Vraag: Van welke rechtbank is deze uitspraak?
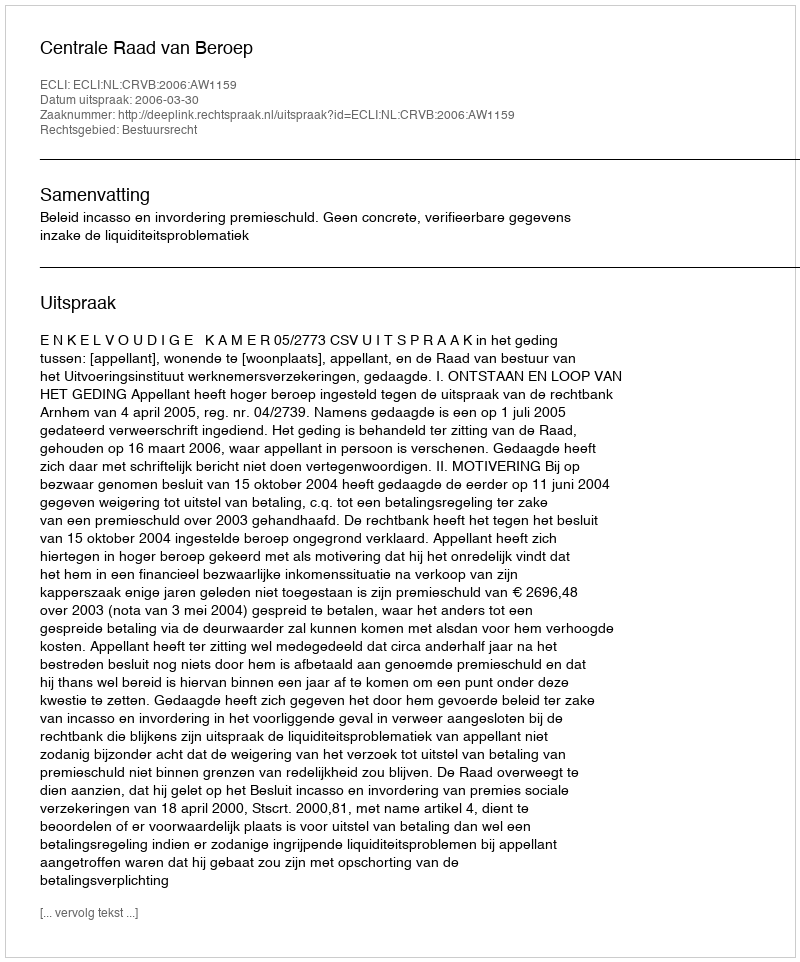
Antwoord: Centrale Raad van Beroep